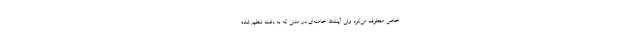
خاص معطوف می‌کرد ولی آیت‌الله خامنه‌ای در متنی که به دقت تنظیم شده